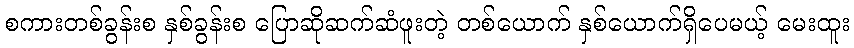
စကားတစ်ခွန်းစ နှစ်ခွန်းစ ပြောဆိုဆက်ဆံဖူးတဲ့ တစ်ယောက် နှစ်ယောက်ရှိပေမယ့် မေးထူး